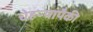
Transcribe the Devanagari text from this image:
चेहऱ्यांपैकी